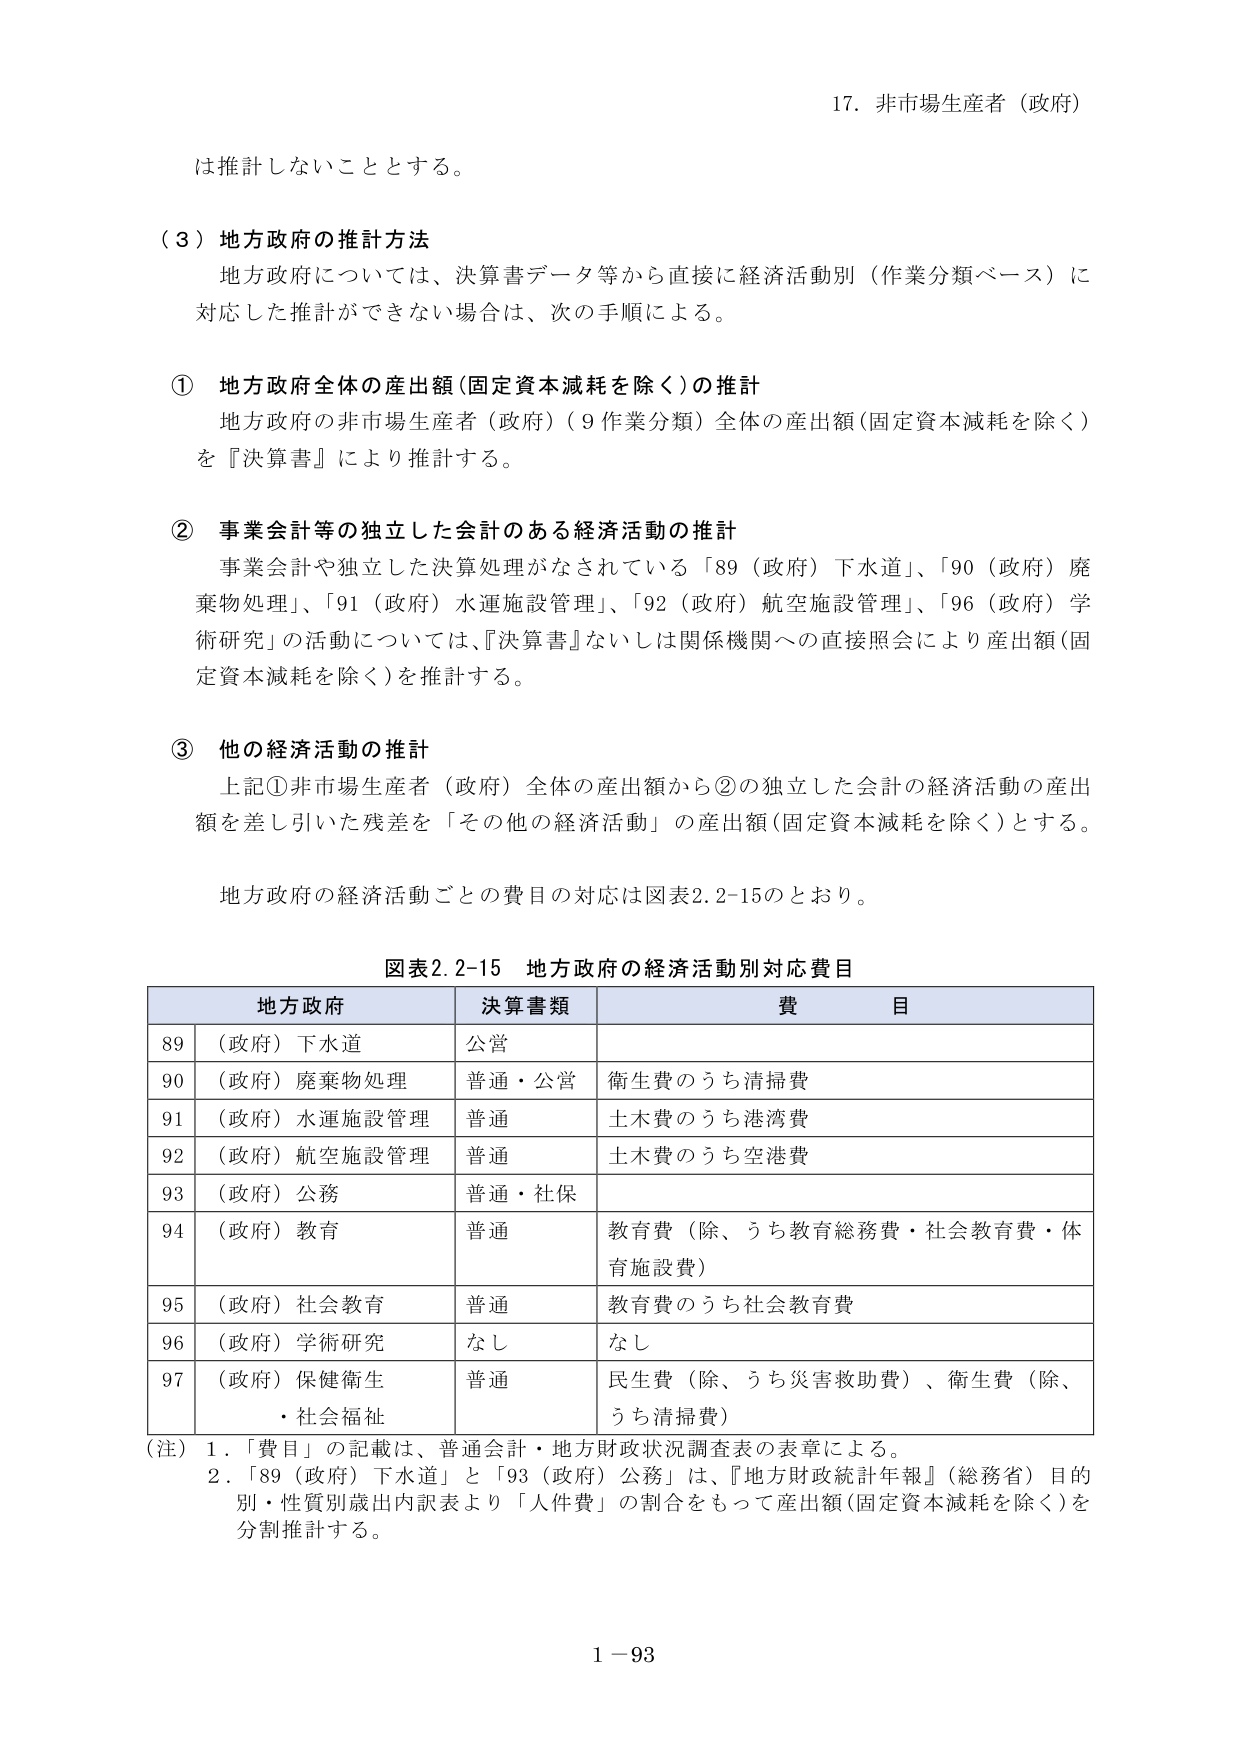
17. 非市場生産者（政府）

は推計しないこととする。

（３）地方政府の推計方法
地方政府については、決算書データ等から直接に経済活動別（作業分類ベース）に対応した推計ができない場合は、次の手順による。

① 地方政府全体の産出額（固定資本減耗を除く）の推計
地方政府の非市場生産者（政府）（9作業分類）全体の産出額（固定資本減耗を除く）を『決算書』により推計する。

② 事業会計等の独立した会計のある経済活動の推計
事業会計や独立した決算処理がなされている「89（政府）下水道」、「90（政府）廃棄物処理」、「91（政府）水運施設管理」、「92（政府）航空施設管理」、「96（政府）学術研究」の活動については、『決算書』ないしは関係機関への直接照会により産出額（固定資本減耗を除く）を推計する。

③ 他の経済活動の推計
上記①非市場生産者（政府）全体の産出額から②の独立した会計の経済活動の産出額を差し引いた残差を「その他の経済活動」の産出額（固定資本減耗を除く）とする。

地方政府の経済活動ごとの費目に対応は図表2.2-15のとおり。

図表2.2-15 地方政府の経済活動別対応費目

| 地方政府 | 決算書類 | 費目 |
|----------|----------|------|
| 89 （政府）下水道 | 公営 | |
| 90 （政府）廃棄物処理 | 普通・公営 | 衛生費のうち清掃費 |
| 91 （政府）水運施設管理 | 普通 | 土木費のうち港湾費 |
| 92 （政府）航空施設管理 | 普通 | 土木費のうち空港費 |
| 93 （政府）公務 | 普通・社保 | |
| 94 （政府）教育 | 普通 | 教育費（除、うち教育総務費・社会教育費・体育施設費） |
| 95 （政府）社会教育 | 普通 | 教育費のうち社会教育費 |
| 96 （政府）学術研究 | なし | なし |
| 97 （政府）保健衛生・社会福祉 | 普通 | 民生費（除、うち災害救助費）、衛生費（除、うち清掃費） |

（注）1. 「費目」の記載は、普通会計・地方財政状況調査表の表章による。
2. 「89（政府）下水道」と「93（政府）公務」は、『地方財政統計年報』（総務省）目的別・性質別歳出内訳表より「人件費」の割合をもって産出額（固定資本減耗を除く）を分割推計する。

1－93